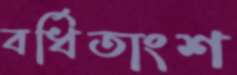
বর্ধিতাংশ